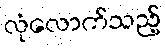
လုံလောက်သည့်